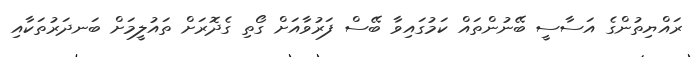
ރައްޔިތުންގެ އަސާސީ ބޭނުންތައް ކަމުގައިވާ ބޭސް ފަރުވާއަށް ގޯތި ގެދޮރަށް ތައުލީމަށް ބަނދަރުތަކާއި